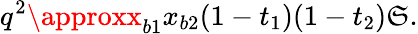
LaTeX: q^{2}\approxx_{b1}x_{b2}(1-t_{1})(1-t_{2})\mathfrak{S}.